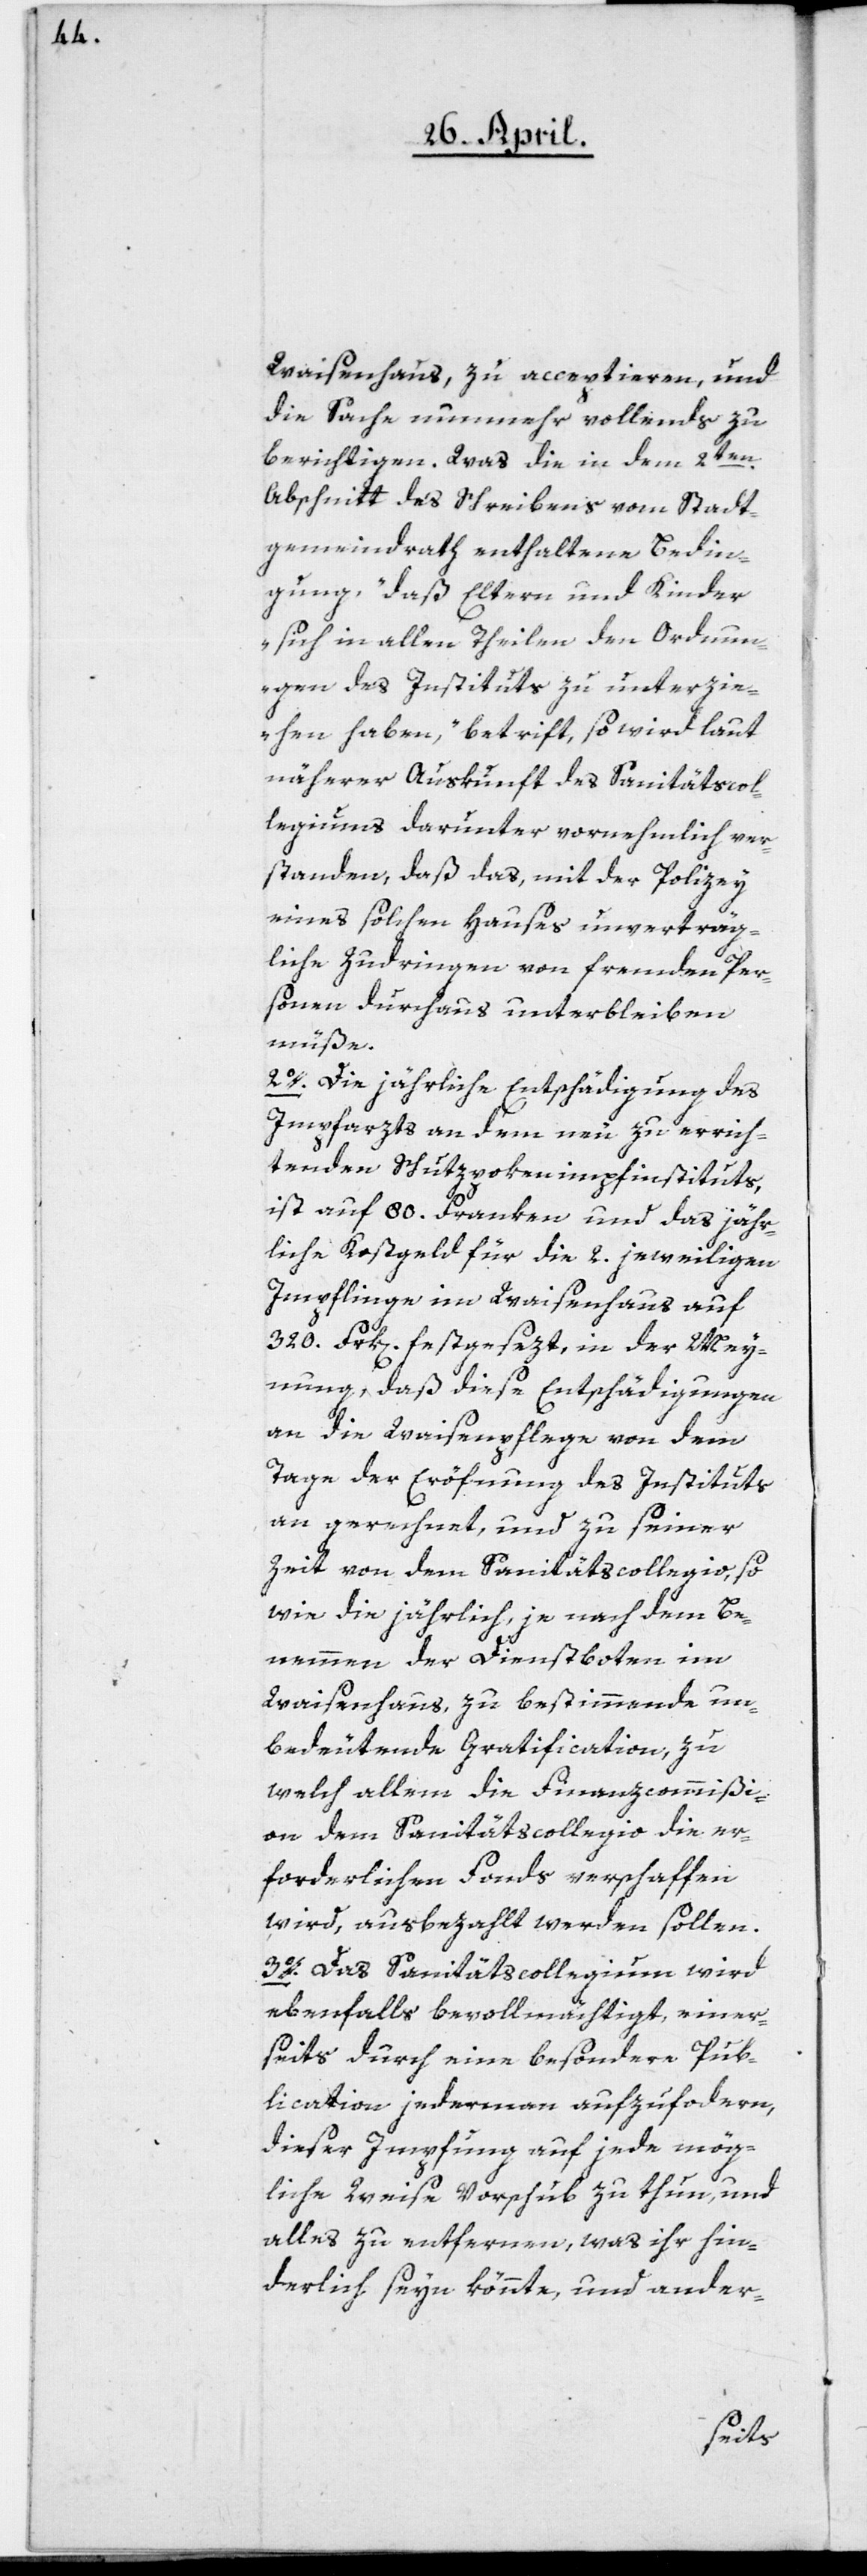
Waisenhaus zu acceptieren, und
die Sache nunmehr vollends zu
berichtigen. Was die in dem 2ten
Abschnitt des Schreibens vom Stadt¬
gemeindrath enthaltene Bedin¬
gung, „daß Eltern und Kinder
sich in allen Theilen den Ordnun¬
gen des Instituts zu unterzie¬
hen haben,“ betrift, so wird laut
näherer Auskunft des Sanitätscol¬
legiums darunter vornehmlich ver¬
standen, daß das, mit der Polizey
eines solchen Hauses unverträg¬
liche Zudringen von fremden Per¬
sonen durchaus unterbleiben
müße.
2o. Die jährlichen Entschädigung des
Impfarzts an dem neu zu errich¬
tenden Schutzpokeninstituts,
ist auf 80. Franken und das jähr¬
liche Kostgeld für die 2. jeweiligen
Impflinge im Waisenhaus auf
320. Frk[en]. festgesezt, in der Mey¬
nung, daß diese Entschädigungen
an die Waisenpflege von dem
Tage der Eröfnung des Instituts
an gerechnet, und zu seiner
Zeit von dem Sanitätscollegio, so
wie die jährlich, je nach dem Be¬
nemmen der Dienstboten im
Waisenhaus, zu bestimmende un¬
bedeutende Gratification, zu
welch allem die Finanzcommißi¬
on dem Sanitätscollegio die er¬
forderlichen Fonds verschaffen
wird, ausbezahlt werden sollen.
3o. Das Sanitätscollegium wird
ebenfalls bevollmächtigt, einer¬
seits durch eine besondere Pub¬
lication jedermann aufzufordern,
dieser Impfung auf jede mög¬
liche Weise Vorschub zu thun, und
alles zu entfernen, was ihr hin¬
derlich seyn könnte, und ander-